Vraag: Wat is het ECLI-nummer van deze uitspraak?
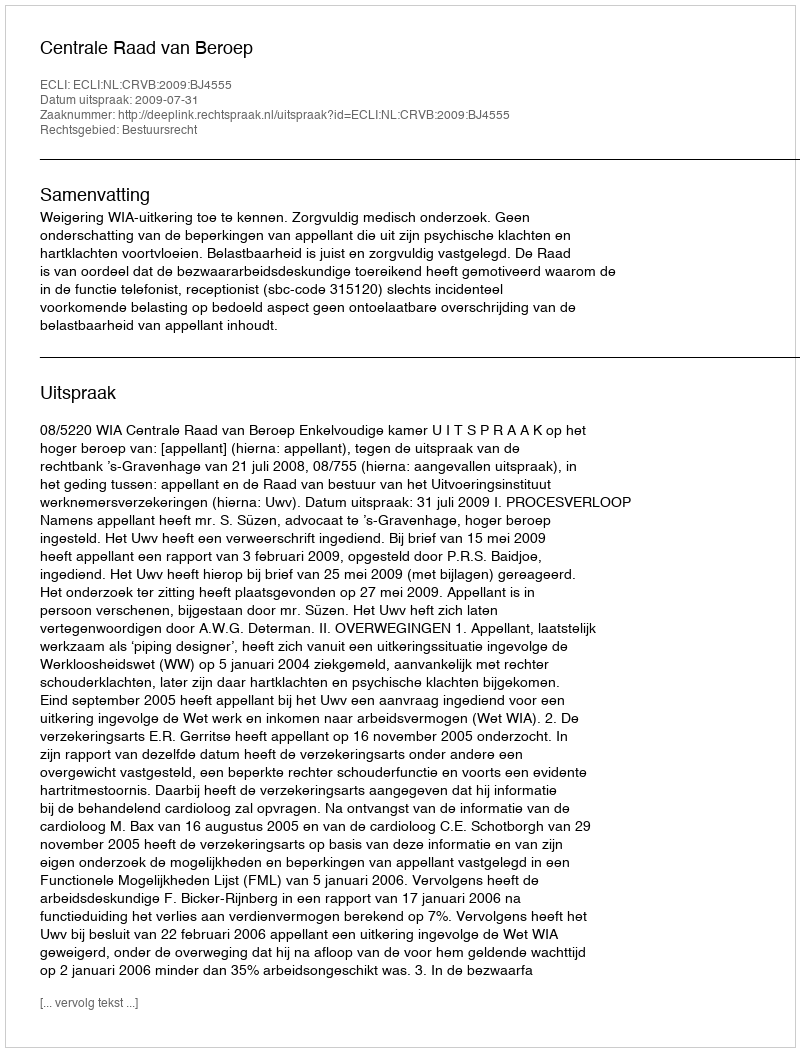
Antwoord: ECLI:NL:CRVB:2009:BJ4555